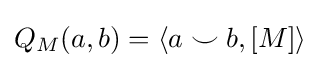
Q_{M}(a,b)=\langle a\smile b,[M]\rangle